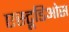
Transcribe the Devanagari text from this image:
एस्टूडिओस